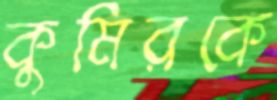
কুমিরকে